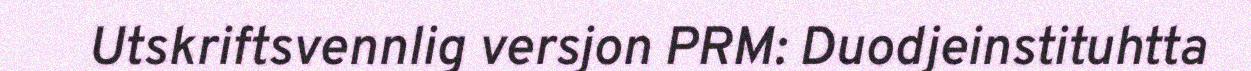
Utskriftsvennlig versjon PRM: Duodjeinstituhtta